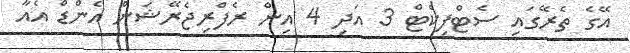
އޭގެ ތެރޭގައި ސެޓްފިކެޓް 3 އަދި 4 އިން ރެފްރިޖެރޭޝަން އެންޑް އެއާ